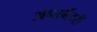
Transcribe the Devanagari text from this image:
अब्जर्भेटरी